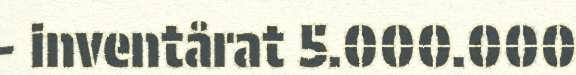
- inventårat 5.000.000